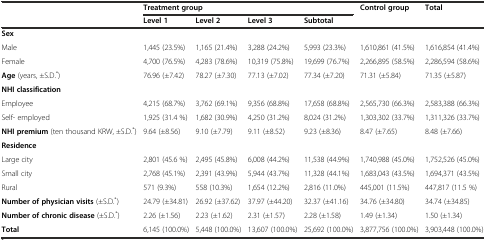
<table><thead><tr><td rowspan="2"></td><td colspan="4"><b>Treatment group</b></td><td rowspan="2"><b>Control group</b></td><td rowspan="2"><b>Total</b></td></tr><tr><td><b>Level 1</b></td><td><b>Level 2</b></td><td><b>Level 3</b></td><td><b>Subtotal</b></td></tr></thead><tbody><tr><td><b>Sex</b></td><td></td><td></td><td></td><td></td><td></td><td></td></tr><tr><td>Male</td><td>1,445 (23.5%)</td><td>1,165 (21.4%)</td><td>3,288 (24.2%)</td><td>5,993 (23.3%)</td><td>1,610,861 (41.5%)</td><td>1,616,854 (41.4%)</td></tr><tr><td>Female</td><td>4,700 (76.5%)</td><td>4,283 (78.6%)</td><td>10,319 (75.8%)</td><td>19,699 (76.7%)</td><td>2,266,895 (58.5%)</td><td>2,286,594 (58.6%)</td></tr><tr><td><b>Age </b>(years, ±S.D.<sup>*</sup>)</td><td>76.96 (±7.42)</td><td>78.27 (±7.30)</td><td>77.13 (±7.02)</td><td>77.34 (±7.20)</td><td>71.31 (±5.84)</td><td>71.35 (±5.87)</td></tr><tr><td><b>NHI classification</b></td><td></td><td></td><td></td><td></td><td></td><td></td></tr><tr><td>Employee</td><td>4,215 (68.7%)</td><td>3,762 (69.1%)</td><td>9,356 (68.8%)</td><td>17,658 (68.8%)</td><td>2,565,730 (66.3%)</td><td>2,583,388 (66.3%)</td></tr><tr><td>Self- employed</td><td>1,925 (31.4 %)</td><td>1,682 (30.9%)</td><td>4,250 (31.2%)</td><td>8,024 (31.2%)</td><td>1,303,302 (33.7%)</td><td>1,311,326 (33.7%)</td></tr><tr><td><b>NHI premium</b> (ten thousand KRW, ±S.D.<sup>*</sup>)</td><td>9.64 (±8.56)</td><td>9.10 (±7.79)</td><td>9.11 (±8.52)</td><td>9.23 (±8.36)</td><td>8.47 (±7.65)</td><td>8.48 (±7.66)</td></tr><tr><td><b>Residence</b></td><td></td><td></td><td></td><td></td><td></td><td></td></tr><tr><td>Large city</td><td>2,801 (45.6 %)</td><td>2,495 (45.8%)</td><td>6,008 (44.2%)</td><td>11,538 (44.9%)</td><td>1,740,988 (45.0%)</td><td>1,752,526 (45.0%)</td></tr><tr><td>Small city</td><td>2,768 (45.1%)</td><td>2,391 (43.9%)</td><td>5,944 (43.7%)</td><td>11,328 (44.1%)</td><td>1,683,043 (43.5%)</td><td>1,694,371 (43.5%)</td></tr><tr><td>Rural</td><td>571 (9.3%)</td><td>558 (10.3%)</td><td>1,654 (12.2%)</td><td>2,816 (11.0%)</td><td>445,001 (11.5%)</td><td>447,817 (11.5 %)</td></tr><tr><td><b>Number of physician visits</b> (±S.D.<sup>*</sup>)</td><td>24.79 (±34.81)</td><td>26.92 (±37.62)</td><td>37.97 (±44.20)</td><td>32.37 (±41.16)</td><td>34.76 (±34.80)</td><td>34.74 (±34.85)</td></tr><tr><td><b>Number of chronic disease</b> (±S.D.<sup>*</sup>)</td><td>2.26 (±1.56)</td><td>2.23 (±1.62)</td><td>2.31 (±1.57)</td><td>2.28 (±1.58)</td><td>1.49 (±1.34)</td><td>1.50 (±1.34)</td></tr><tr><td><b>Total</b></td><td>6,145 (100.0%)</td><td>5,448 (100.0%)</td><td>13,607 (100.0%)</td><td>25,692 (100.0%)</td><td>3,877,756 (100.0%)</td><td>3,903,448 (100.0%)</td></tr></tbody></table>